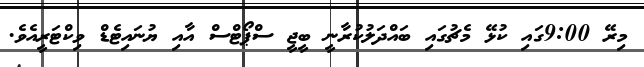
މިރޭ 9:00ގައި ކުޅޭ މެޗުގައި ބައްދަލުކުރާނީ ބީޖީ ސްޕޯޓްސް އާއި ޔުނައިޓެޑް ވިކްޓަރީއެވެ.